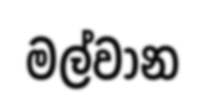
මල්වාන